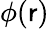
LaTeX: \phi(\mathsf{r})